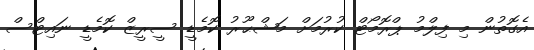
އެގޮތުން މި ފިލްމު ޕްރޮމޯޓް ކުރުމަށް މަޝްޙޫރު ކޮމެޑީ ސީރީޒް ކޮމެޑީ ނައިޓްސް